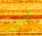
أطير